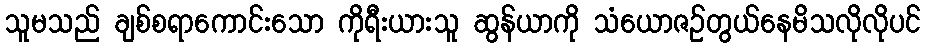
သူမသည် ချစ်စရာကောင်းသော ကိုရီးယားသူ ဆွန်ယာကို သံယောဇဉ်တွယ်နေမိသလိုလိုပင်